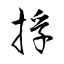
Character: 捊